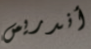
أندريس